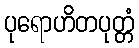
ပုရောဟိတပုတ္တံ